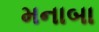
મનાબા